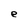
Character: e